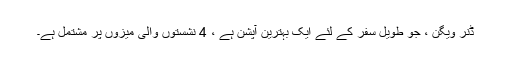
ڈنر ویگن ، جو طویل سفر کے لئے ایک بہترین آپشن ہے ، 4 نشستوں والی میزوں پر مشتمل ہے۔